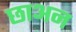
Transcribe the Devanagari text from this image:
छाअन